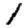
Digit: 1